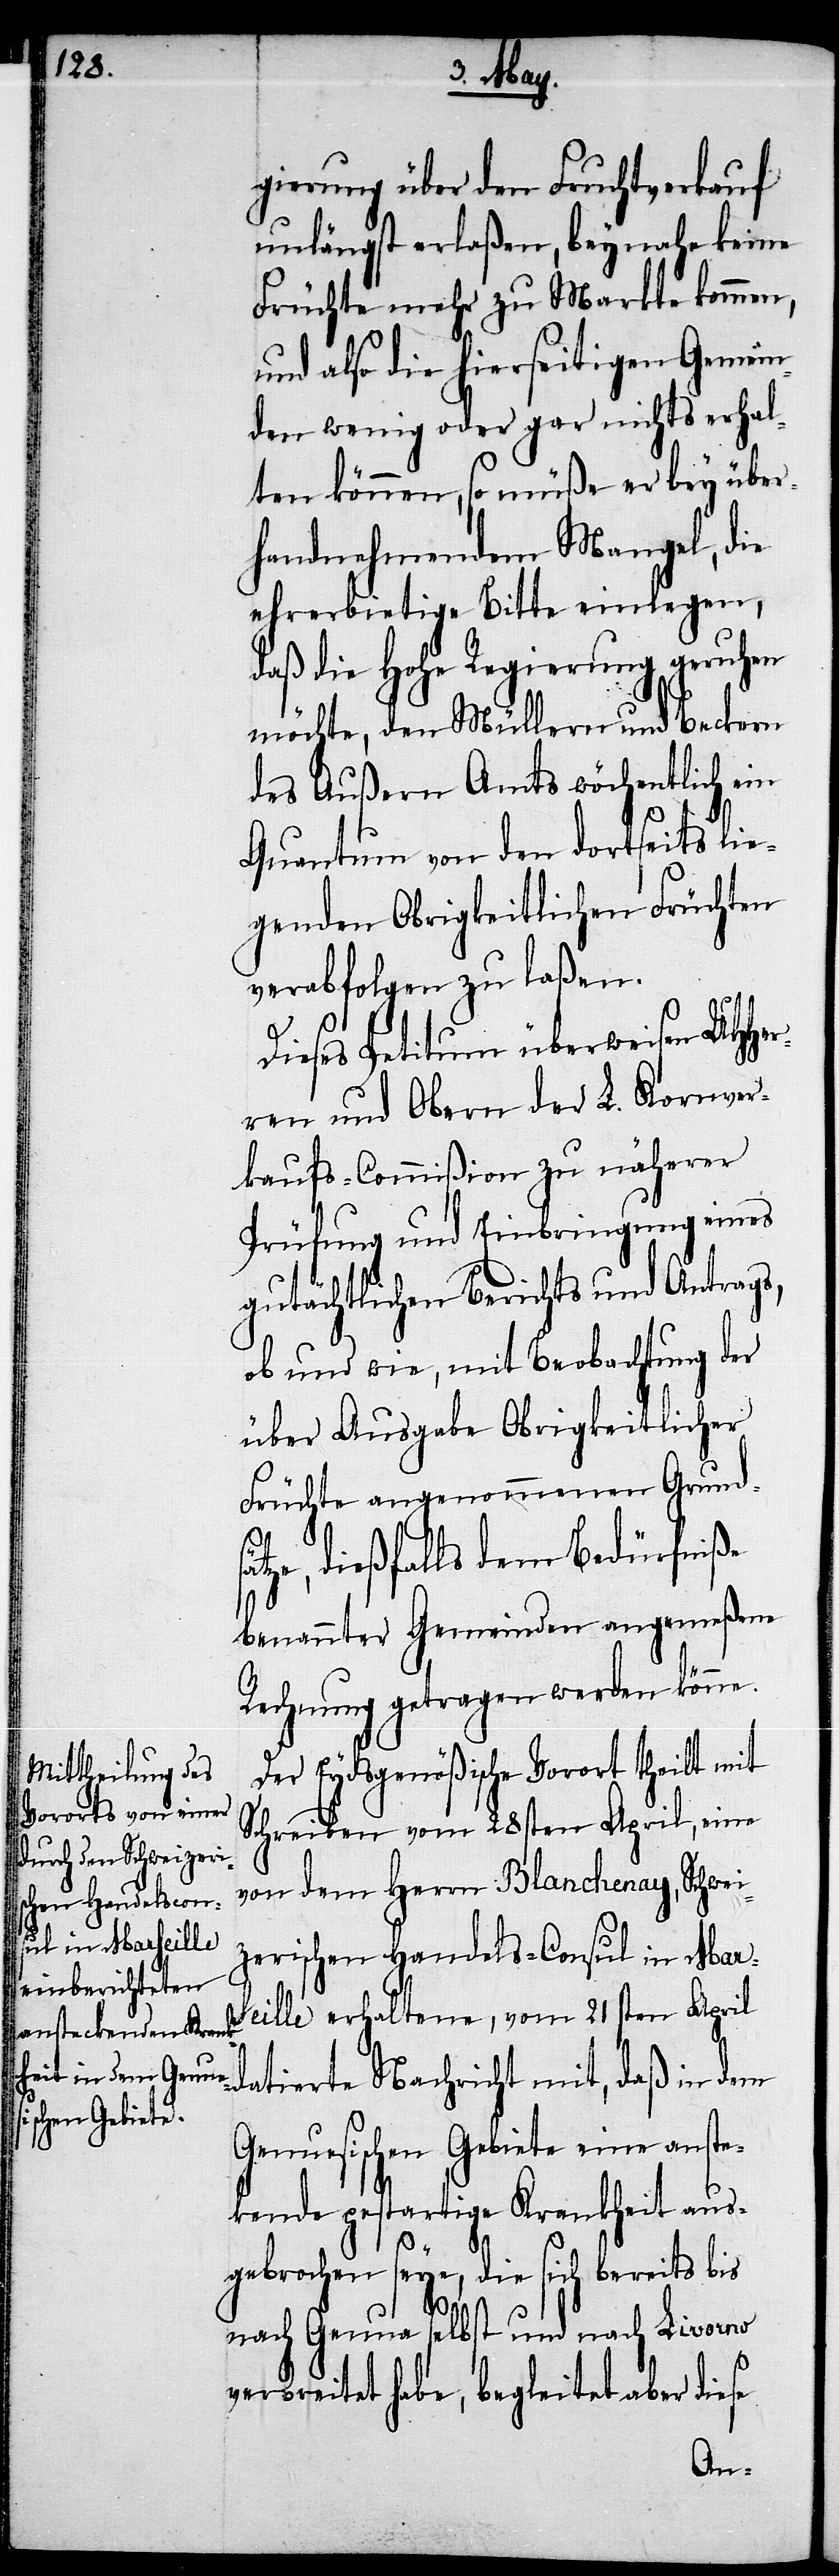
gierung über den Fruchtverkauf
unlängst erlaßen, beynahe keine
Früchte mehr zu Markte kommen,
und also die hierseitigen Gemein¬
den wenig oder gar nichts erhal¬
ten können, so müße er bey über¬
handnehmendem Mangel, die
ehrerbietige Bitte einlegen,
daß die Hohe Regierung geruhen
möchte, den Müllern und Becken
des Außern Amts wöchentlich ein
Quantum von den dortseits lie¬
genden Obrigkeitlichen Früchten
verabfolgen zu laßen.
Dieses Petitum überweisen UHHer¬
ren und Obern der L. Kornver¬
kaufs-Commißion zu näherer
Prüfung und Einbringung eines
gutächtlichen Berichts und Antrags,
ob und wie, mit Beobachtung der
über Ausgabe Obrigkeitlicher
Früchte angenommenen Grunds¬
ätze, dießfalls dem Bedürfniße
benannter Gemeinden angemeßen
Rechnung getragen werden könne.
Der Eydsgenößische Vorort theilt mit
Schreiben vom 28sten April, eine
von dem Herrn Blanchenay, Schwei¬
zerischen Handels-Consul in Mar¬
seille erhaltene, vom 21sten April
datirte Nachricht mit, daß in dem
Genuesischen Gebiete eine anste¬
kende pestartige Krankheit aus¬
gebrochen seye, die sich bereits bis
nach Genua selbst und nach Livorno
verbreitet habe, begleitet aber diese